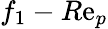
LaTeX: f_{1}-R\mathrm{e}_{p}